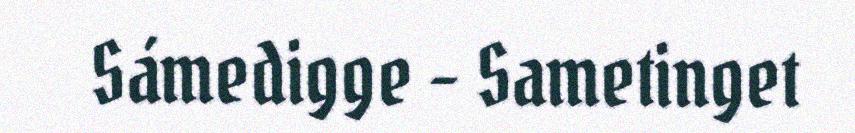
Sámedigge - Sametinget